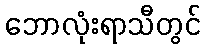
ဘောလုံးရာသီတွင်